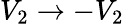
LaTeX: V_{2}\rightarrow-V_{2}